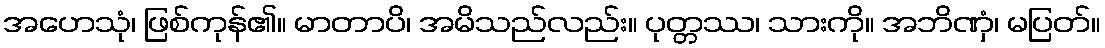
အဟေသုံ၊ ဖြစ်ကုန်၏။ မာတာပိ၊ အမိသည်လည်း။ ပုတ္တဿ၊ သားကို။ အဘိဏှံ၊ မပြတ်။